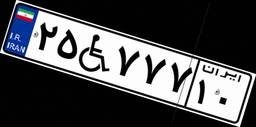
۲۵W۷۷۷۱۰